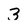
Character: 3